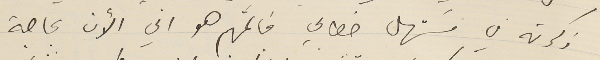
ذكرته في مسَتهل خطابي فالمهَّم هو اني الأن بحاجة